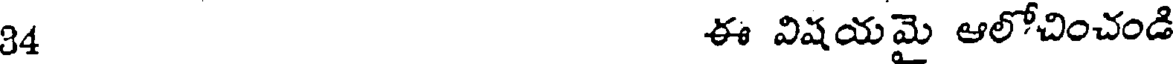
34 ఈ విషయమై ఆలోచించండి